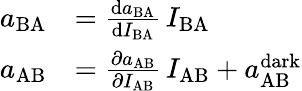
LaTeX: \begin{array}{rl}{a_{\mathrm{BA}}}&{=\frac{\mathrm{d}a_{\mathrm{BA}}}{\mathrm{d}I_{\mathrm{BA}}}\, I_{\mathrm{BA}}}\\ {a_{\mathrm{AB}}}&{=\frac{\partial a_{\mathrm{AB}}}{\partial I_{\mathrm{AB}}}\, I_{\mathrm{AB}}+a_{\mathrm{AB}}^{\mathrm{dark}}}\end{array}